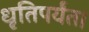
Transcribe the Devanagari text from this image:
धृतिपर्यंत।